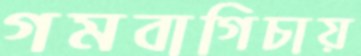
গমবাগিচায়